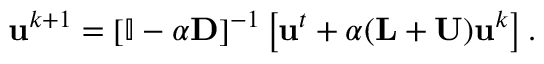
\mathbf { u } ^ { k + 1 } = \left[ \mathbb { I } - \alpha \mathbf { D } \right] ^ { - 1 } \left[ \mathbf { u } ^ { t } + \alpha ( \mathbf { L } + \mathbf { U } ) \mathbf { u } ^ { k } \right] .